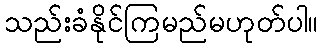
သည်းခံနိုင်ကြမည်မဟုတ်ပါ။